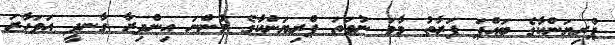
ޕްރިޔަންކާގެ ބައްޕަ ފަރާތު މާމަ ނުވަތަ ޕްރިޔަންކާގެ މުންނަ އިންދިރާ ގާނދީ އަވަހާރަ